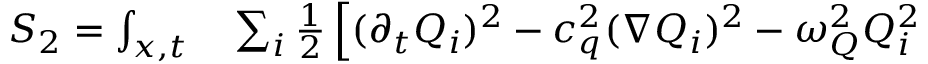
\begin{array} { r l } { S _ { 2 } = \int _ { x , t } } & { { } \sum _ { i } \frac { 1 } { 2 } \left[ ( \partial _ { t } Q _ { i } ) ^ { 2 } - c _ { q } ^ { 2 } ( \nabla Q _ { i } ) ^ { 2 } - \omega _ { Q } ^ { 2 } Q _ { i } ^ { 2 } \right. } \end{array}